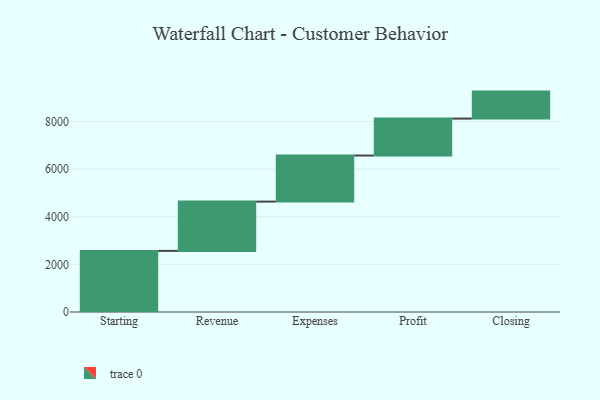
{"axis": {"x": "Step", "y": "Value"}, "legend": [""], "data": [{"x": "Starting", "y": 2566.0, "type": ""}, {"x": "Revenue", "y": 2069.0, "type": ""}, {"x": "Expenses", "y": 1934.0, "type": ""}, {"x": "Profit", "y": 1551.0, "type": ""}, {"x": "Closing", "y": 1133.0, "type": ""}]}